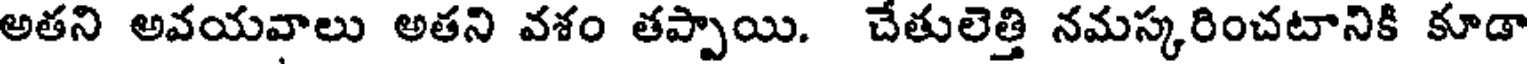
అతని అవయవాలు అతని వశం తప్పాయి. చేతులెత్తి నమస్కరించటానికి కూడా